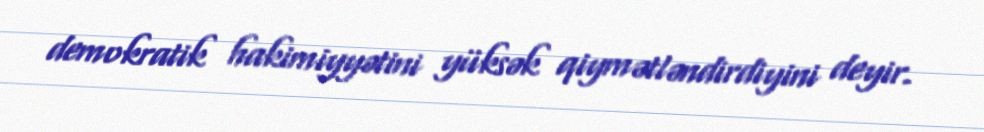
demokratik hakimiyyətini yüksək qiymətləndirdiyini deyir.